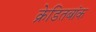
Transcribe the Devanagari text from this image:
क्रेडितबांक